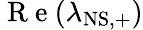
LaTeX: \mathrm{~R~e~}(\lambda_{\mathrm{NS,+}})